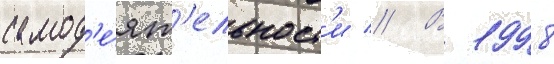
самод'е́ят'ельност'и // В 1998